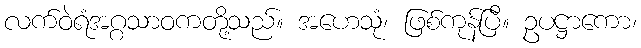
လက်ဝဲရံအဂ္ဂသာဝကတို့သည်။ အဟေသုံ၊ ဖြစ်ကုန်ပြီ။ ဥပဋ္ဌာကော၊